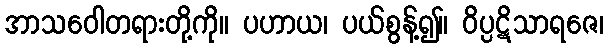
အာသဝေါတရားတို့ကို။ ပဟာယ၊ ပယ်စွန့်၍။ ဝိပ္ပဋိသာရဇေ၊